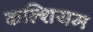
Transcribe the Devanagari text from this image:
कल्शियम